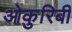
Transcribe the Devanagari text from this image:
ओकुरिबी